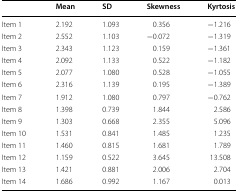
<table><thead><tr><td></td><td><b>Mean</b></td><td><b>SD</b></td><td><b>Skewness</b></td><td><b>Kyrtosis</b></td></tr></thead><tbody><tr><td>Item 1</td><td>2.192</td><td>1.093</td><td>0.356</td><td>−1.216</td></tr><tr><td>Item 2</td><td>2.552</td><td>1.103</td><td>−0.072</td><td>−1.319</td></tr><tr><td>Item 3</td><td>2.343</td><td>1.123</td><td>0.159</td><td>−1.361</td></tr><tr><td>Item 4</td><td>2.092</td><td>1.133</td><td>0.522</td><td>−1.182</td></tr><tr><td>Item 5</td><td>2.077</td><td>1.080</td><td>0.528</td><td>−1.055</td></tr><tr><td>Item 6</td><td>2.316</td><td>1.139</td><td>0.195</td><td>−1.389</td></tr><tr><td>Item 7</td><td>1.912</td><td>1.080</td><td>0.797</td><td>−0.762</td></tr><tr><td>Item 8</td><td>1.398</td><td>0.739</td><td>1.844</td><td>2.586</td></tr><tr><td>Item 9</td><td>1.303</td><td>0.668</td><td>2.355</td><td>5.096</td></tr><tr><td>Item 10</td><td>1.531</td><td>0.841</td><td>1.485</td><td>1.235</td></tr><tr><td>Item 11</td><td>1.460</td><td>0.815</td><td>1.681</td><td>1.789</td></tr><tr><td>Item 12</td><td>1.159</td><td>0.522</td><td>3.645</td><td>13.508</td></tr><tr><td>Item 13</td><td>1.421</td><td>0.881</td><td>2.006</td><td>2.704</td></tr><tr><td>Item 14</td><td>1.686</td><td>0.992</td><td>1.167</td><td>0.013</td></tr></tbody></table>